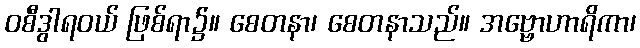
ဝစီဒွါရဝယ် ဖြစ်ရာ၌။ စေတနာ၊ စေတနာသည်။ အဗ္ဗောဟာရိကာ၊